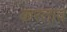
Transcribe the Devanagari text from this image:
करताव